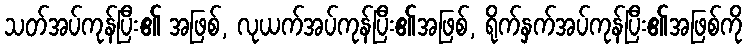
သတ်အပ်ကုန်ပြီး၏ အဖြစ်, လုယက်အပ်ကုန်ပြီး၏အဖြစ်, ရိုက်နှက်အပ်ကုန်ပြီး၏အဖြစ်ကို